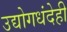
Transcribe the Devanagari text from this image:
उद्योगधंदेही